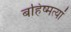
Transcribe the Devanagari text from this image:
बहिष्मत्यां